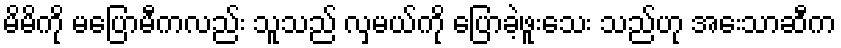
မိမိကို မပြောမီကလည်း သူသည် လှမယ်ကို ပြောခဲ့ဖူးသေး သည်ဟု အေးသာဆီက